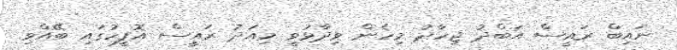
ނައިބް ރައީސް އަބްދު ޖިހާދު މިހެން ވިދާޅުވީ މިއަދު ރައީސް އޮފީހުގައި ބޭއްވި